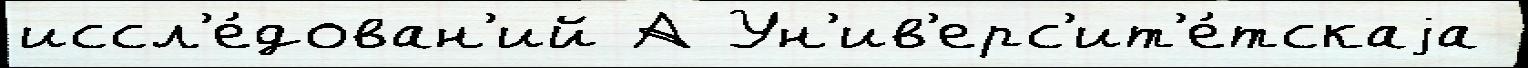
иссл'е́дован'ий А Ун'ив'ерс'ит'е́тскаjа